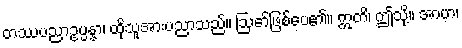
တဿပညာဥပ္ပန္နာ၊ ထိုသူအားပညာသည်။ ဩော်ဖြစ်ပေ၏။ ဣတိ၊ ဤသို့။ အာဟ၊